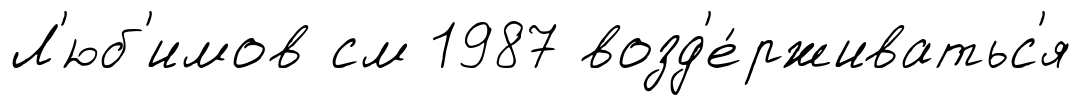
Л'юб'имов см 1987 возд'е́рживатьс'я